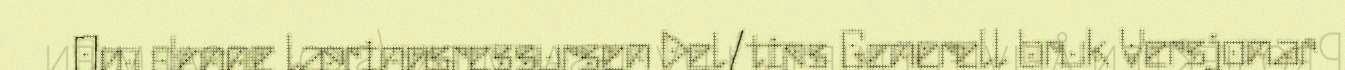
Om denne læringsressursen Del/tips Generell bruk Versjonar